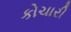
કોચારી